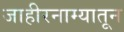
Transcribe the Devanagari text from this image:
जाहीरनाम्यातून